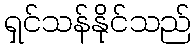
ရှင်သန်နိုင်သည်